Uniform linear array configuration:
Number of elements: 24
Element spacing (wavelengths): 0.75
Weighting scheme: hamming
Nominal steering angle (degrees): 60
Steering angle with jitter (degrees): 59.547
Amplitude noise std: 0.05
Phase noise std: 0.05

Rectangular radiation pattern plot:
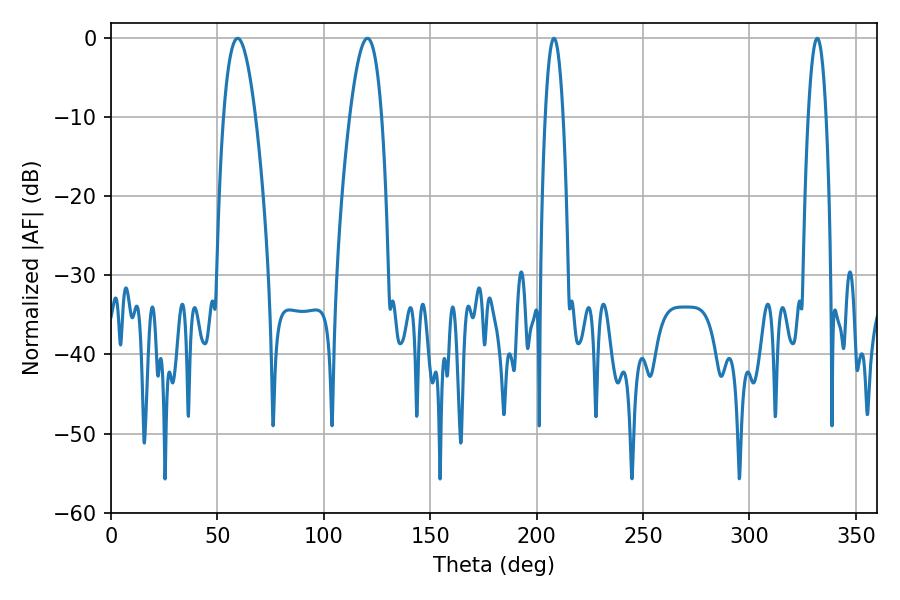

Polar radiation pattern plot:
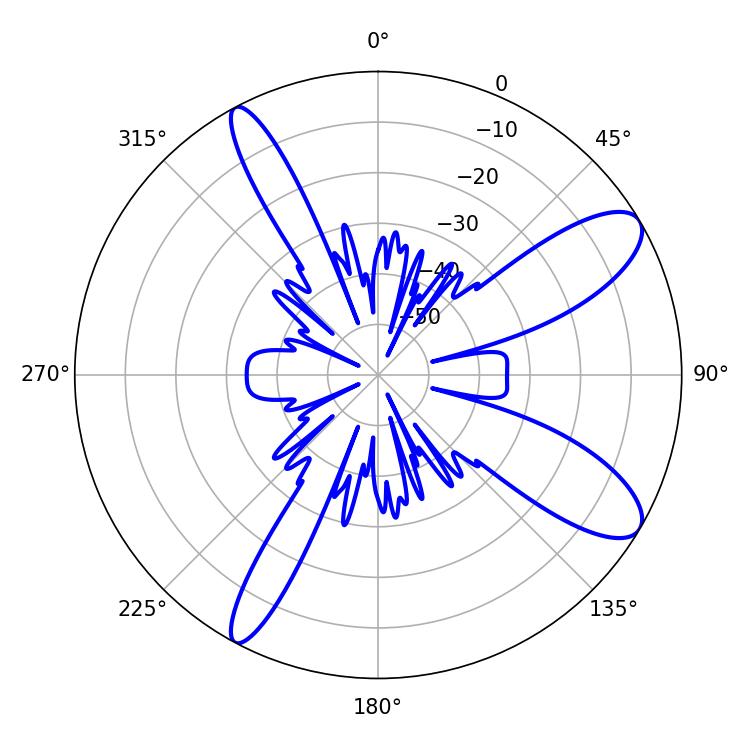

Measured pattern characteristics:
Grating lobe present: TRUE
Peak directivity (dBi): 10.334
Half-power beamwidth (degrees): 8.28
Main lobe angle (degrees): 59.58